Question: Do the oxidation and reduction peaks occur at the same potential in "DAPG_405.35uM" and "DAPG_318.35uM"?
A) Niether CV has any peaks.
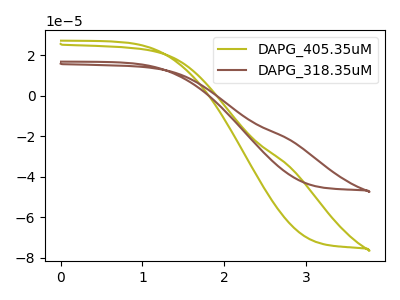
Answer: <think>The olive curve "DAPG_405.35uM" has no peaks. The brown curve "DAPG_318.35uM" has no peaks.</think>
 <answer>A) Niether CV has any peaks.</answer>
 <eval>A</eval>